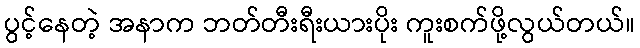
ပွင့်နေတဲ့ အနာက ဘတ်တီးရီးယားပိုး ကူးစက်ဖို့လွယ်တယ်။